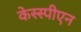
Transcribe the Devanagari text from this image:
केस्स्पीएन